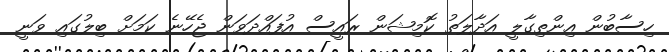
ހިސާބުން އިންތިގާލީ އަދާލަތު ކޮމިޝަން ރައީސް އުފައްދަވަން ޖެހޭނެ ކަމަށް ބިލުގައި ވަނީ